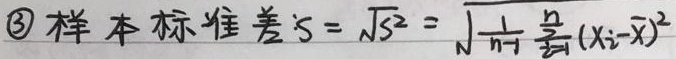
\textcircled{3} 样本标准差\(S = \sqrt{S^{2}}=\sqrt{\frac{1}{n - 1}\sum_{i = 1}^{n}(X_{i}-\overline{X})^{2}}\)